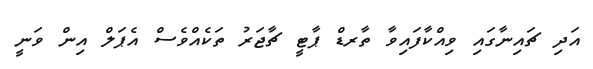
އަދި ޗައިނާގައި ވިއްކާފައިވާ ތާރޑް ޕާޓީ ޗާޖަރު ތަކެއްވެސް އެޕަލް އިން ވަނީ